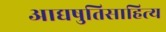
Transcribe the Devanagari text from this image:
आद्यषुतिसाहित्य